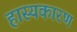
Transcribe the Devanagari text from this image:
हास्यकारण